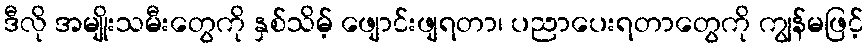
ဒီလို အမျိုးသမီးတွေကို နှစ်သိမ့် ဖျောင်းဖျရတာ၊ ပညာပေးရတာတွေကို ကျွန်မဖြင့်